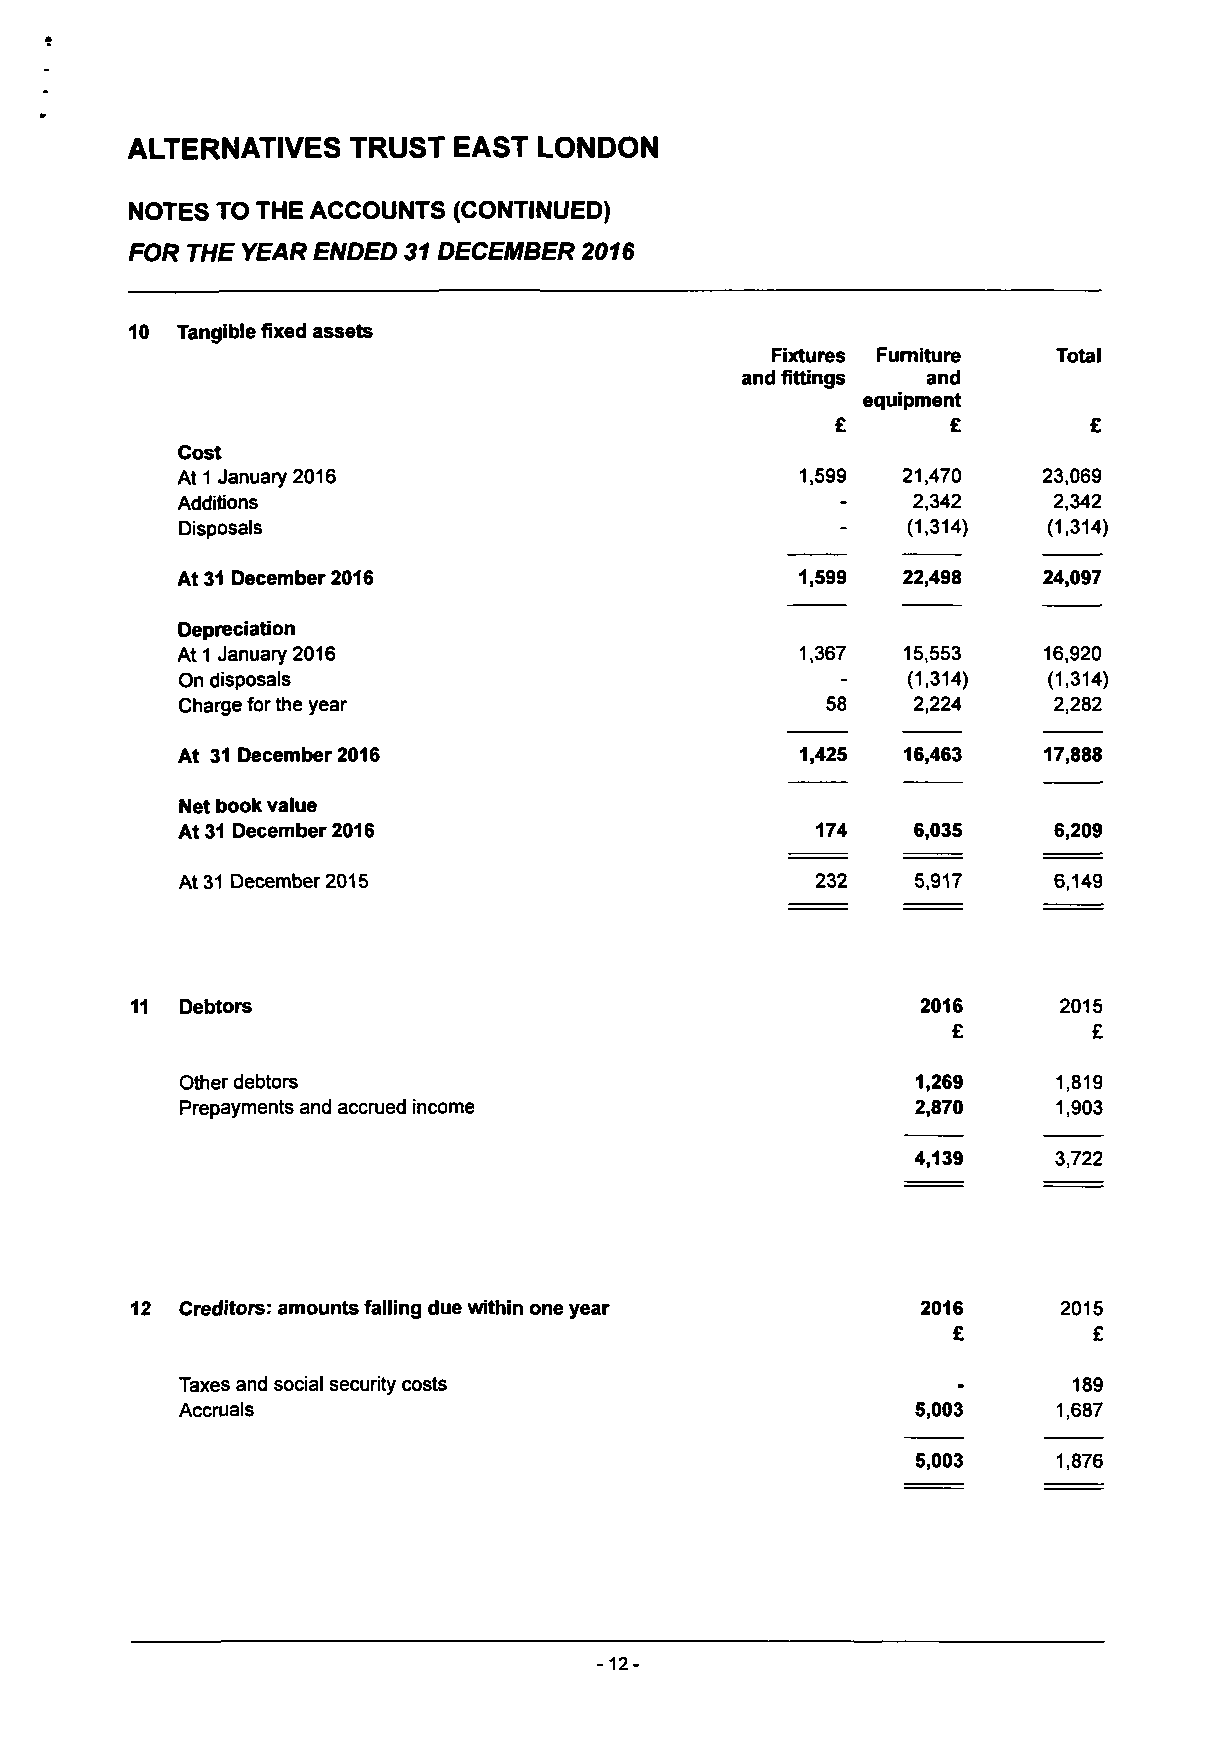
ALTERNATIVES   TRUST  EAST LONDON
 NOTES TO THE ACCOUNTS (CONTINUED)
 FOR THE YEAR ENDED 31 DECEMBER 2016
 10 Tangible fixed assets
 Fixtures Furniture Total
 and fittings and
 equipment
 £       £        £
 Cost
 At 1 January 2016                        1,599  21,470   23,069
 Additions                                   -   2,342     2,342
 Disposals                                   -   (1,314)  (1,314)
 At 31 December 2016                      1,599  22,498   24,097
 Depreciation
 At1 January 2016                         1,367  15,553   16,920
 On disposals                                -   (1,314)  (1,314)
 Charge for the year                        58   2,224     2,282
 At 31 December 2016                      1,425  16,463   17,888
 Net book value
 At 31 December 2016                       174   6,035     6,209
 At 31 December 2015                       232    5,917    6,149
 Debtors                                          2016     2015
 £        £
 Other debtors                                    1,269    1,819
 Prepayments and accrued income                   2,870    1,903
 4,139    3,722
 Creditors: amounts falling due within one year   2016     2015
 £        £
 Taxes and social security costs                    _       189
 Accruals                                         5,003    1,687
 5,003    1,876
 -12-